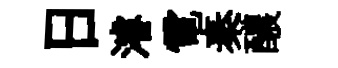
日濬電秦醲